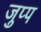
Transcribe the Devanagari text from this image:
जुप्प